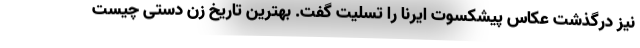
نیز درگذشت عکاس پیشکسوت ایرنا را تسلیت گفت. بهترین تاریخ زن دستی چیست